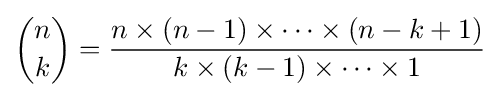
{\binom {n}{k}}={\frac {n\times (n-1)\times \cdots \times (n-k+1)}{k\times (k-1)\times \cdots \times 1}}